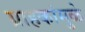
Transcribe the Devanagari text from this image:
ग्राहकांमुळे